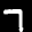
Label: 7